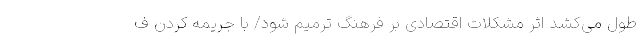
طول می‌کشد اثر مشکلات اقتصادی بر فرهنگ ترمیم شود/ با جریمه کردن ف